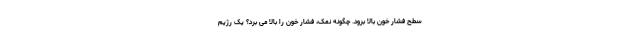
سطح فشار خون بالا برود. چگونه نمک، فشار خون را بالا می برد؟ یک رژیم